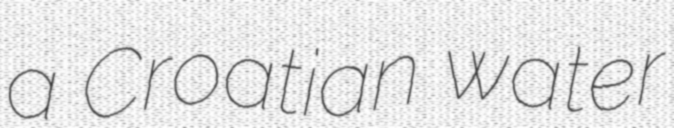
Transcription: a Croatian water